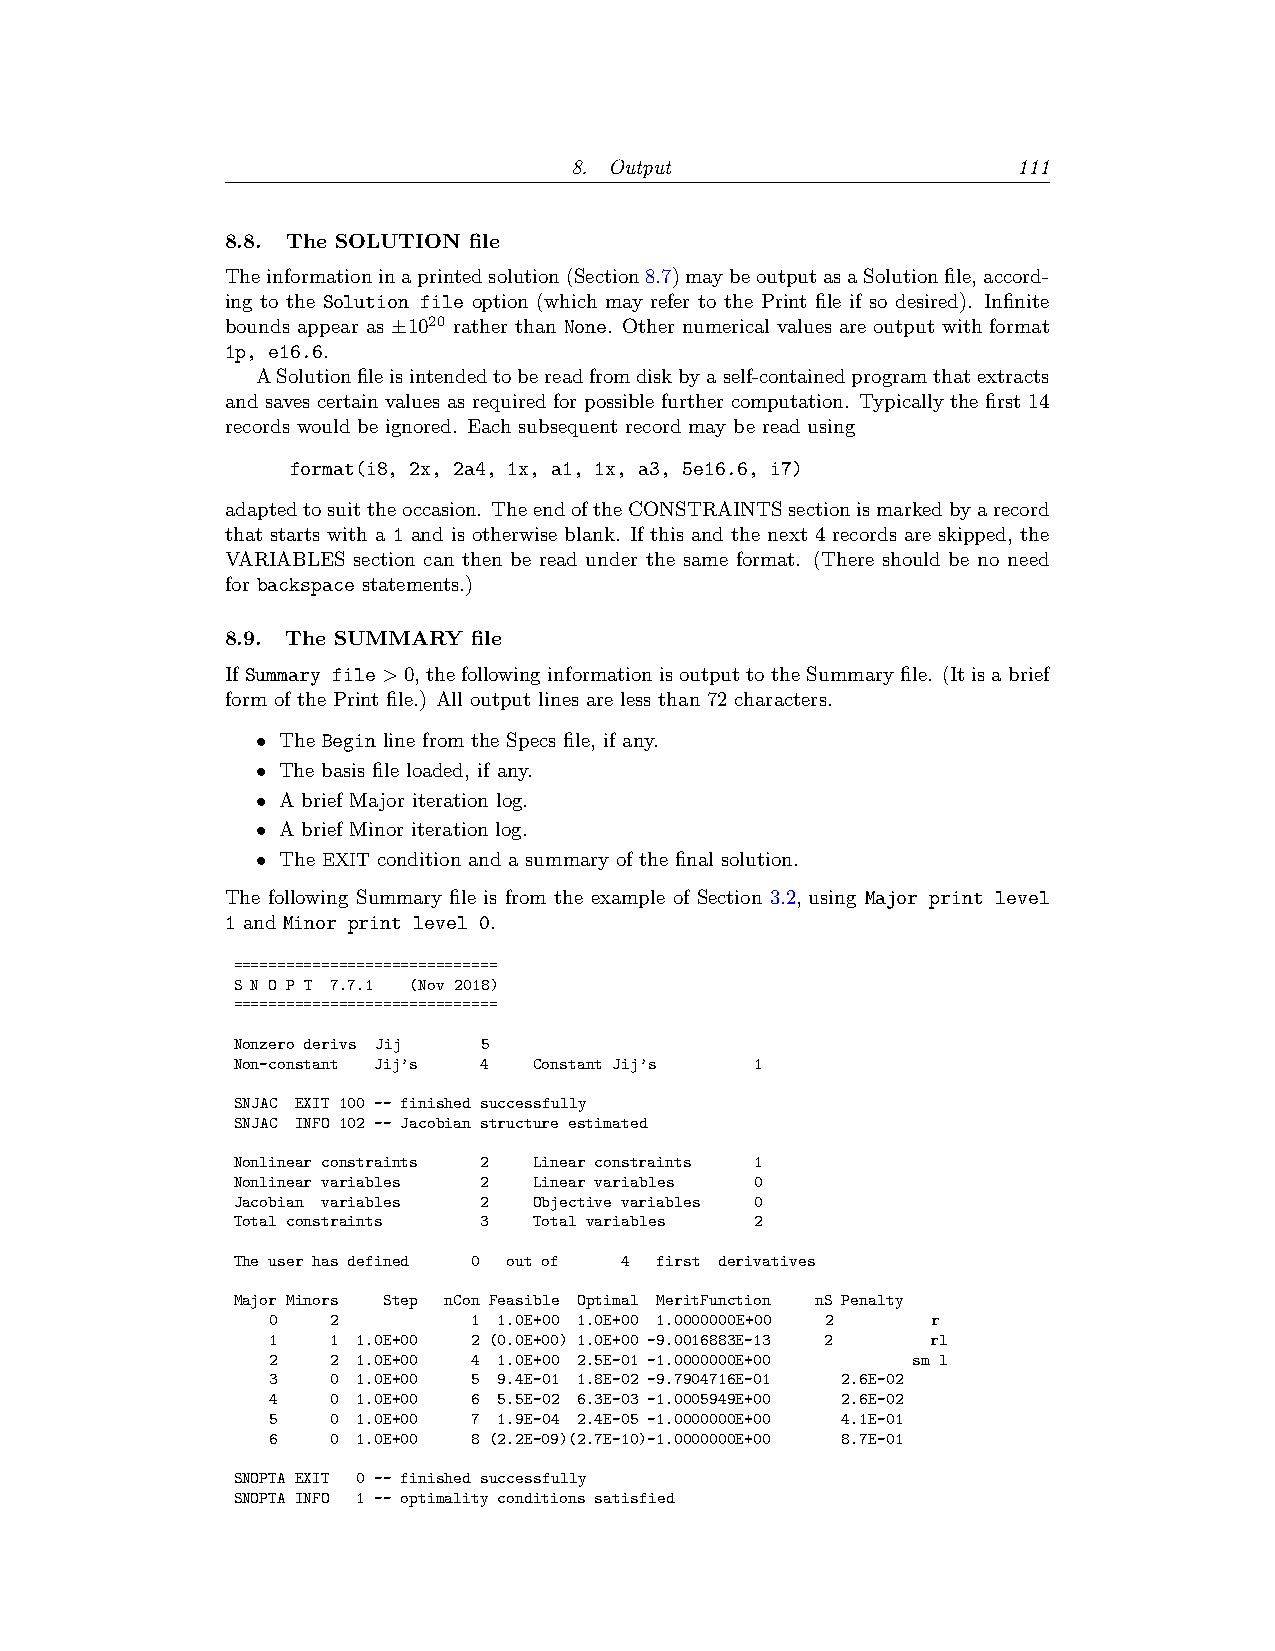
8. Output                    111
 8.8. The SOLUTION file
 Theinformationinaprintedsolution(Section8.7)maybeoutputasaSolutionfile,accord-
 ing to the Solution file option (which may refer to the Print file if so desired). Infinite
 bounds appear as ±1020 rather than None. Other numerical values are output with format
 1p, e16.6.
 ASolutionfileisintendedtobereadfromdiskbyaself-containedprogramthatextracts
 and saves certain values as required for possible further computation. Typically the first 14
 records would be ignored. Each subsequent record may be read using
 format(i8, 2x, 2a4, 1x, a1, 1x, a3, 5e16.6, i7)
 adaptedtosuittheoccasion. TheendoftheCONSTRAINTSsectionismarkedbyarecord
 that starts with a 1 and is otherwise blank. If this and the next 4 records are skipped, the
 VARIABLES section can then be read under the same format. (There should be no need
 for backspace statements.)
 8.9. The SUMMARY file
 If Summary file>0, the following information is output to the Summary file. (It is a brief
 form of the Print file.) All output lines are less than 72 characters.
 • The Begin line from the Specs file, if any.
 • The basis file loaded, if any.
 • A brief Major iteration log.
 • A brief Minor iteration log.
 • The EXIT condition and a summary of the final solution.
 The following Summary file is from the example of Section 3.2, using Major print level
 1 and Minor print level 0.
 ==============================
 S N O P T 7.7.1 (Nov 2018)
 ==============================
 Nonzero derivs Jij 5
 Non-constant Jij’s 4 Constant Jij’s 1
 SNJAC EXIT 100 -- finished successfully
 SNJAC INFO 102 -- Jacobian structure estimated
 Nonlinear constraints 2 Linear constraints 1
 Nonlinear variables 2 Linear variables 0
 Jacobian variables 2 Objective variables 0
 Total constraints 3 Total variables 2
 The user has defined 0 out of 4 first derivatives
 Major Minors Step nCon Feasible Optimal MeritFunction nS Penalty
 0   2        1 1.0E+00 1.0E+00 1.0000000E+00 2 r
 1   1 1.0E+00 2 (0.0E+00) 1.0E+00 -9.0016883E-13 2 rl
 2   2 1.0E+00 4 1.0E+00 2.5E-01 -1.0000000E+00 sm l
 3   0 1.0E+00 5 9.4E-01 1.8E-02 -9.7904716E-01 2.6E-02
 4   0 1.0E+00 6 5.5E-02 6.3E-03 -1.0005949E+00 2.6E-02
 5   0 1.0E+00 7 1.9E-04 2.4E-05 -1.0000000E+00 4.1E-01
 6   0 1.0E+00 8 (2.2E-09)(2.7E-10)-1.0000000E+00 8.7E-01
 SNOPTA EXIT 0 -- finished successfully
 SNOPTA INFO 1 -- optimality conditions satisfied